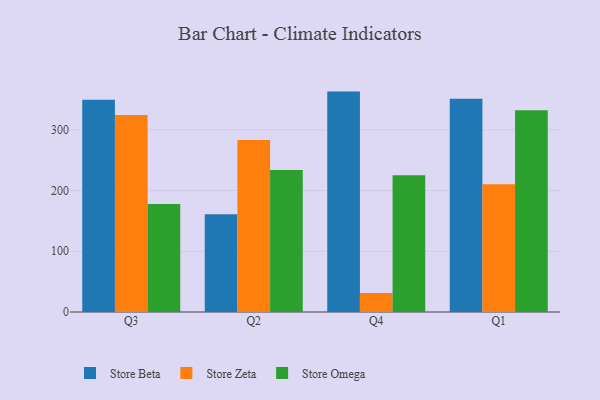
{"axis": {"x": "Quarter", "y": "Churn Rate (%)"}, "legend": ["Store Beta", "Store Omega", "Store Zeta"], "data": [{"x": "Q3", "y": 349.4, "type": "Store Beta"}, {"x": "Q3", "y": 324.6, "type": "Store Zeta"}, {"x": "Q3", "y": 177.7, "type": "Store Omega"}, {"x": "Q2", "y": 161.1, "type": "Store Beta"}, {"x": "Q2", "y": 283.3, "type": "Store Zeta"}, {"x": "Q2", "y": 233.9, "type": "Store Omega"}, {"x": "Q4", "y": 363.0, "type": "Store Beta"}, {"x": "Q4", "y": 31.1, "type": "Store Zeta"}, {"x": "Q4", "y": 225.3, "type": "Store Omega"}, {"x": "Q1", "y": 351.4, "type": "Store Beta"}, {"x": "Q1", "y": 210.3, "type": "Store Zeta"}, {"x": "Q1", "y": 332.1, "type": "Store Omega"}]}